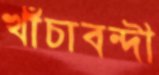
খাঁচাবন্দী